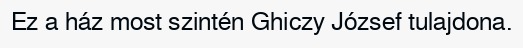
Ez a ház most szintén Ghiczy József tulajdona.